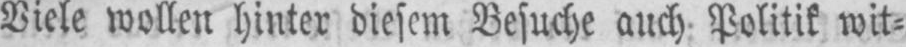
Viele wollen hinter diesem Besuche auch Politik wit⸗